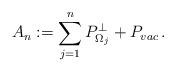
LaTeX: \begin{align*}A_n:=\sum_{j=1}^{n}P_{\Omega_j}^{\perp}+P_{vac}\,.\end{align*}